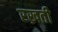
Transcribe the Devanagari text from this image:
रख्रती